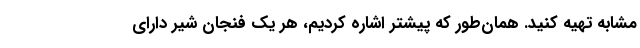
مشابه تهیه کنید. همان‌طور که پیشتر اشاره کردیم، هر یک فنجان شیر دارای